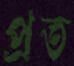
প্রত